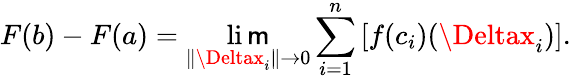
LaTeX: F(b)-F(a)=\operatorname*{li\mathsf{m}}_{\| \Deltax_{i}\| \to0}\sum_{i=1}^{n}\, [f(c_{i})(\Deltax_{i})].